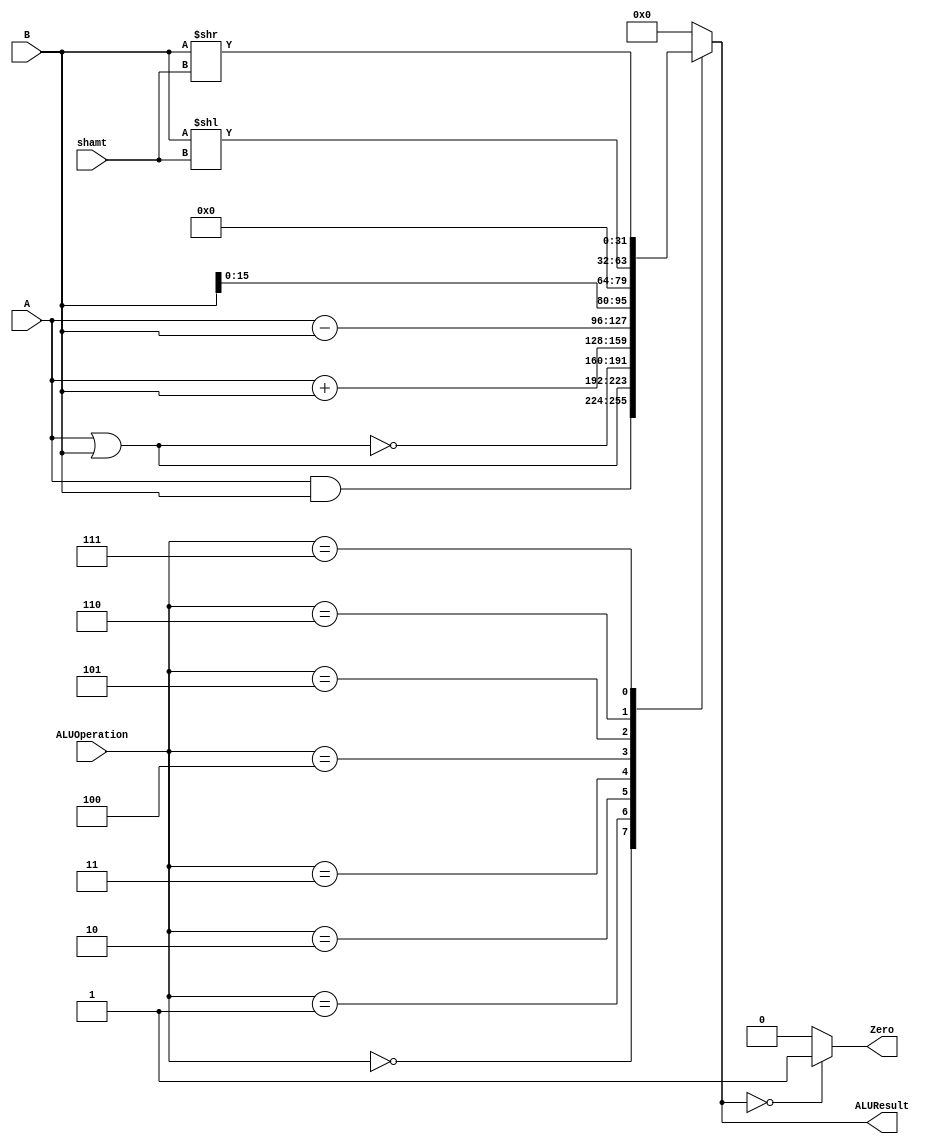
/******************************************************************
* Description
*	This is an 32-bit arithetic logic unit that can execute the next set of operations:
*		add
*		sub
*		or
*		and
*		nor
* This ALU is written by using behavioral description.
* Version:
*	1.0
* Author:
*	Dr. Jos Luis Pizano Escalante
* email:
*	luispizano@iteso.mx
* Date:
*	01/03/2014
******************************************************************/

module ALU 
(
	input [3:0] ALUOperation,	// Viene asignado de ALUControl
	input [31:0] A,
	input [31:0] B,
	input [4:0] shamt,			// nuevo: para SLL y SRL desde ROM
	output reg Zero,
	output reg [31:0]ALUResult
);
//

localparam AND = 4'b0000;		//# PDF: Debe coincidir con la Cte. en ALUControl.v
localparam OR  = 4'b0001;		//# "	"			
localparam NOR = 4'b0010;		//# "	"
localparam ADD = 4'b0011;
localparam SUB = 4'b0100;
localparam LUI = 4'b0101;		// Es el ALUOperation de ALUControl.v
localparam SLL = 4'b0110;		// 6d
localparam SRL = 4'b0111;		// 7d
   
   always @ (A or B or ALUOperation)
     begin
		case (ALUOperation)
		  AND: //# and
		   ALUResult= A & B;
		  OR:  //# or
		   ALUResult= A | B;
		  NOR: //# nor
		   ALUResult= ~(A|B);
		  ADD: // add
			ALUResult= A + B;
		  SUB: // sub
			ALUResult= A - B;
		  LUI: //lui
		   ALUResult={B[15:0],16'H0000};	// recorre los 16bits y concatena 16 zeros
		  SLL:
			ALUResult= B << shamt;	// sll
		  SRL:
			ALUResult= B >> shamt;	// srl
		default:
			ALUResult= 0;
		endcase // case(control)
		Zero = (ALUResult==0) ? 1'b1 : 1'b0;
     end // always @ (A or B or control)
endmodule // alu